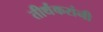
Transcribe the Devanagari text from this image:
तीर्थंकरांनी